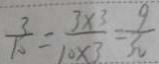
\frac { 3 } { 1 0 } = \frac { 3 \times 3 } { 1 0 \times 3 } = \frac { 9 } { 3 0 }